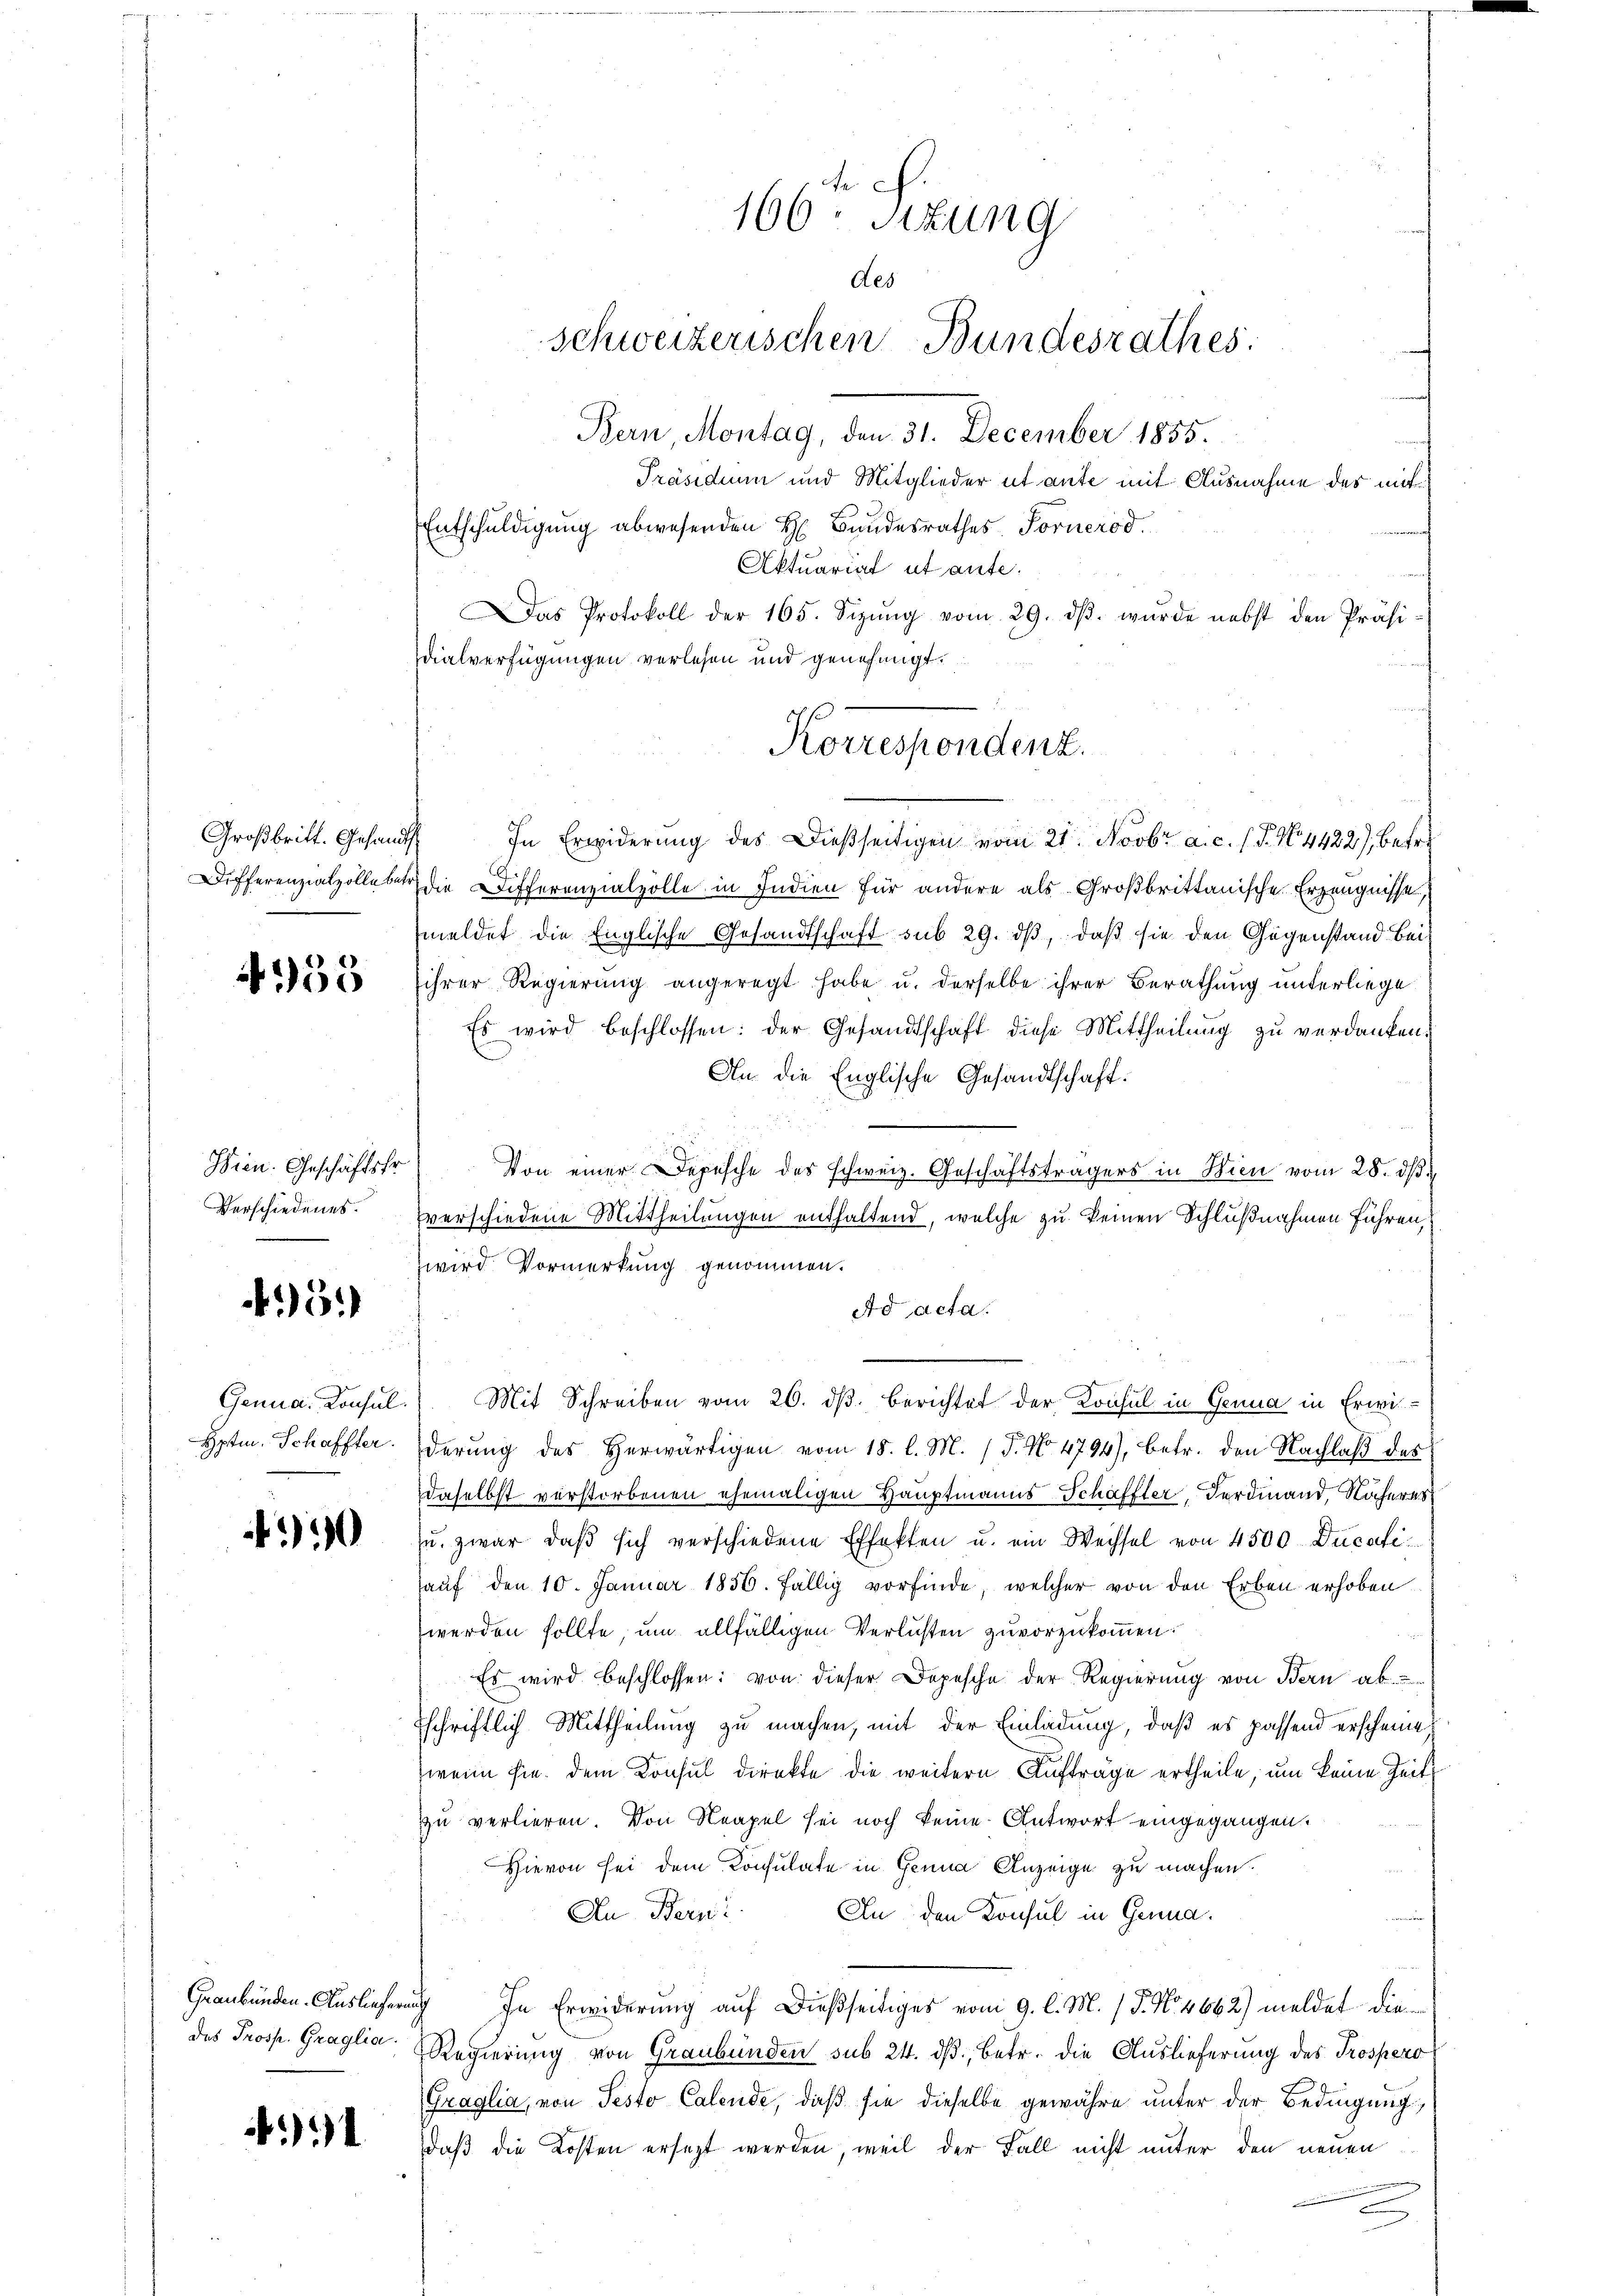
4955

Wien. Geschäftsfr
Verschiedenes.

5.)

0

1

Großbritt. Gesandts

166. Sitzung
des
schweizerischen Bundesrathes:
Bern, Montag, den 31. December 1855.

Präsidium und Mitglieder ut ante mit Ausnahme des mit
Das Protokoll der 165. Sizŭng vom 29. dβ. wurde nebst den Präsidialverfügungen verlesen und genehmigt.

Entschuldigung abwesenden H. Bundesrathes Fornerod
Aktuarial et ante.

Korrespondenz.

In Erwiderung des Dießseitigen vom 21. Novbr. a. c. (T. N. 4422), betre
Differenziatzolleber die Differenzialvolle in Indien für andere als Großbrittanische Erzeugnisse
meldet die Englische Gesandtschaft sub 29. ds, daß sie den Gegenstand beiihrer Regierung angeregt habe u. derselbe ihrer Berathung unterliege
Es wird beschlossen: der Gesandtschaft diese Mittheilung zu verdanken.
An die Englische Gesandtschaft.
.
Von einer Depesche des schweiz. Geschäftsträgers in Wien vom 28. dβ
verschiedene Mittheilungen enthaltend, welche zu keinen Schlußnahmen führen,
wird Vormerkung genommen.
Ad acta.
Genua, Konsul.) Mit Schreiben vom 26. dβ. berichtet der Konsul in Genua in Erwie¬
Hptm. Schaffter derung des Herwärtigen vom 18. l. M. (T. No 4794), betr. den Nachlaß des
daselbst verstorbenen ehemaligen Hauptmanns-Schaffter, Ferdinand, Näheres
zu. zwar daß sich verschiedene Effekten u. ein Wechsel von 4500 Ducatiauf den 10. Januar 1856. fällig vorfinde, welcher von den Erben erhoben
werden sollte, um allfälligen Verlusten zuvorzukommen.
Es wird beschlossen: von dieser Depesche der Regierung von Bern ab
schriftlich Mittheilung zu machen, mit der Einladung, daß es passend erscheine,
wenn sie dem Konsul direkte die weitere Auftrage ertheile, um keine Zeitzu verlieren. Von Neapel sei noch keine Antwort eingegangen.
Hievon sei dem Konsulate in Genua Anzeige zu machen.
An den Konsul in Genua
An Berni
Graubünden Auslieferung. In Erwiderung auf dießseitiges vom 9. l. M. P. No 4662) meldet die
des Prosp. Graglia. Regierung von Graubünden sub 24. dβ, betr. die Auslieferung des Prospero
Graglia, von Pesto Calende, daß sie dieselbe gewähre unter der Bedingung,
daß die Kosten ersezt werden, weil der Fall nicht unter den neuen
.
c